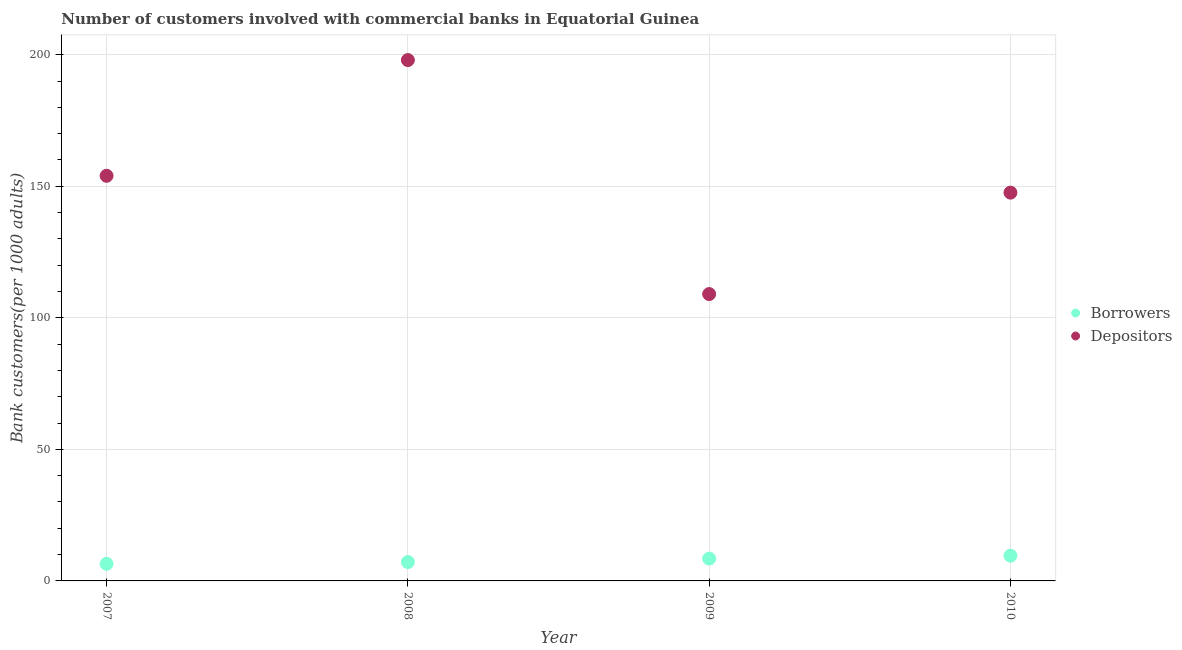
| Year | Borrowers | Depositors |
 | --- | --- | --- |
 | 2007 | 6.49 | 154 |
 | 2008 | 7.17 | 198 |
 | 2009 | 8.49 | 109 |
 | 2010 | 9.58 | 148 |